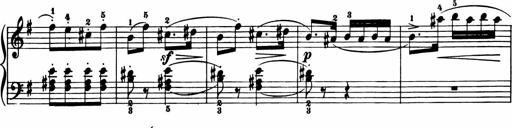
Title: 11 Sonatinas for Piano Solo
Composer: Anton Diabelli